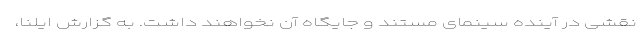
نقشی در آینده سینمای مستند و جایگاه آن نخواهند داشت. به گزارش ایلنا،